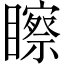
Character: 𥌀